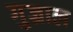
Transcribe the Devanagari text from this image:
गुज्राल